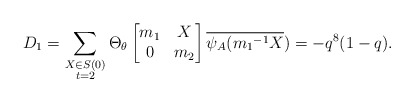
\begin{align*} D_1=\displaystyle \sum_{\substack{X\in S(0) \\ t=2 }}\Theta_{\theta} \begin{bmatrix} m_1 & X\\0 & m_2\end{bmatrix}\overline{\psi_A({m_1}^{-1}X})=-q^8(1-q). \end{align*}